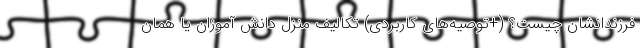
فرزندانشان چیست؟ (+توصیه‌های کاربردی) تکالیف منزل دانش آموزان یا همان